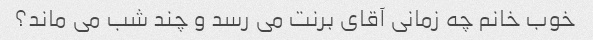
خوب خانم چه زمانی آقای برنت می رسد و چند شب می ماند؟